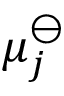
\mu _ { j } ^ { \ominus }